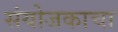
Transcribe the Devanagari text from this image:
संयोजकाचा